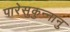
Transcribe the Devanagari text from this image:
पारेसुकुन्नानु